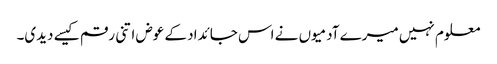
معلوم نہیں میرے آدمیوں نے اس جائداد کے عوض اتنی رقم کیسے دیدی۔